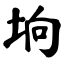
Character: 垧